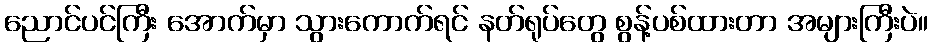
ညောင်ပင်ကြီး အောက်မှာ သွားကောက်ရင် နတ်ရုပ်တွေ စွန့်ပစ်ထားတာ အများကြီးပဲ။